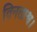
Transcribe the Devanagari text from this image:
विनताश्व।